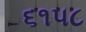
૬૧૫૮